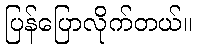
ပြန်ပြောလိုက်တယ်။